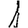
Digit: 1